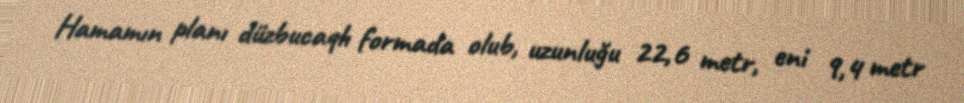
Hamamın planı düzbucaqlı formada olub, uzunluğu 22,6 metr, eni 9,4 metr